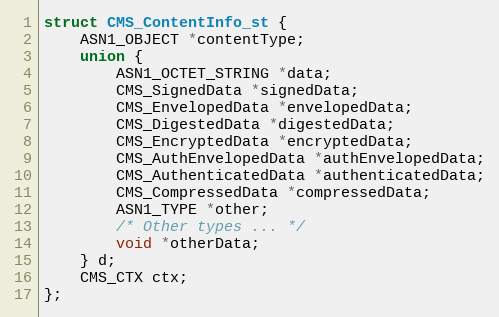
Language: C
struct CMS_ContentInfo_st {
    ASN1_OBJECT *contentType;
    union {
        ASN1_OCTET_STRING *data;
        CMS_SignedData *signedData;
        CMS_EnvelopedData *envelopedData;
        CMS_DigestedData *digestedData;
        CMS_EncryptedData *encryptedData;
        CMS_AuthEnvelopedData *authEnvelopedData;
        CMS_AuthenticatedData *authenticatedData;
        CMS_CompressedData *compressedData;
        ASN1_TYPE *other;
        /* Other types ... */
        void *otherData;
    } d;
    CMS_CTX ctx;
};